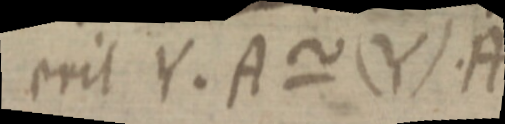
erit Y. A ~ (Y). A